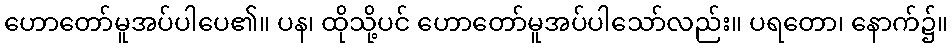
ဟောတော်မူအပ်ပါပေ၏။ ပန၊ ထိုသို့ပင် ဟောတော်မူအပ်ပါသော်လည်း။ ပရတော၊ နောက်၌။